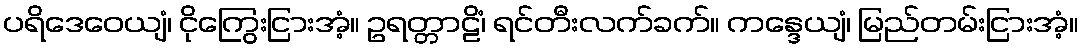
ပရိဒေဝေယျံ၊ ငိုကြွေးငြားအံ့။ ဥရတ္တာဠိံ၊ ရင်တီးလက်ခက်။ ကန္ဒေယျံ၊ မြည်တမ်းငြားအံ့။